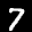
Label: 7